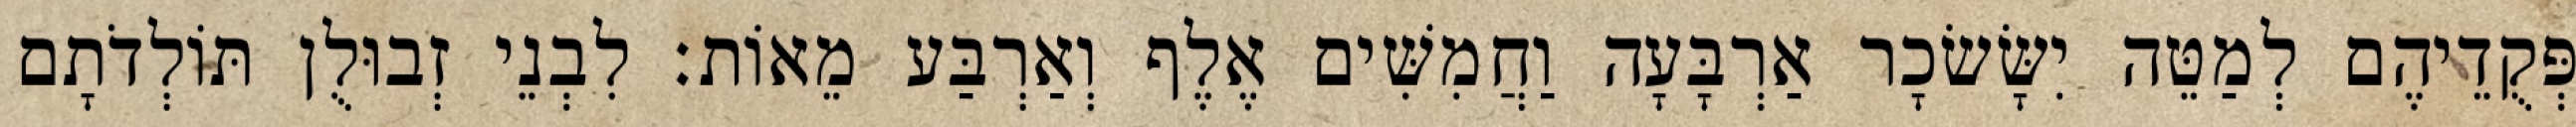
פְּקֻדֵיהֶם לְמַטֵּה יִשָּׂשׂכָר אַרְבָּעָה וַחֲמִשִּׁים אֶלֶף וְאַרְבַּע מֵאוֹת׃ לִבְנֵי זְבוּלֻן תּוֹלְדֹתָם